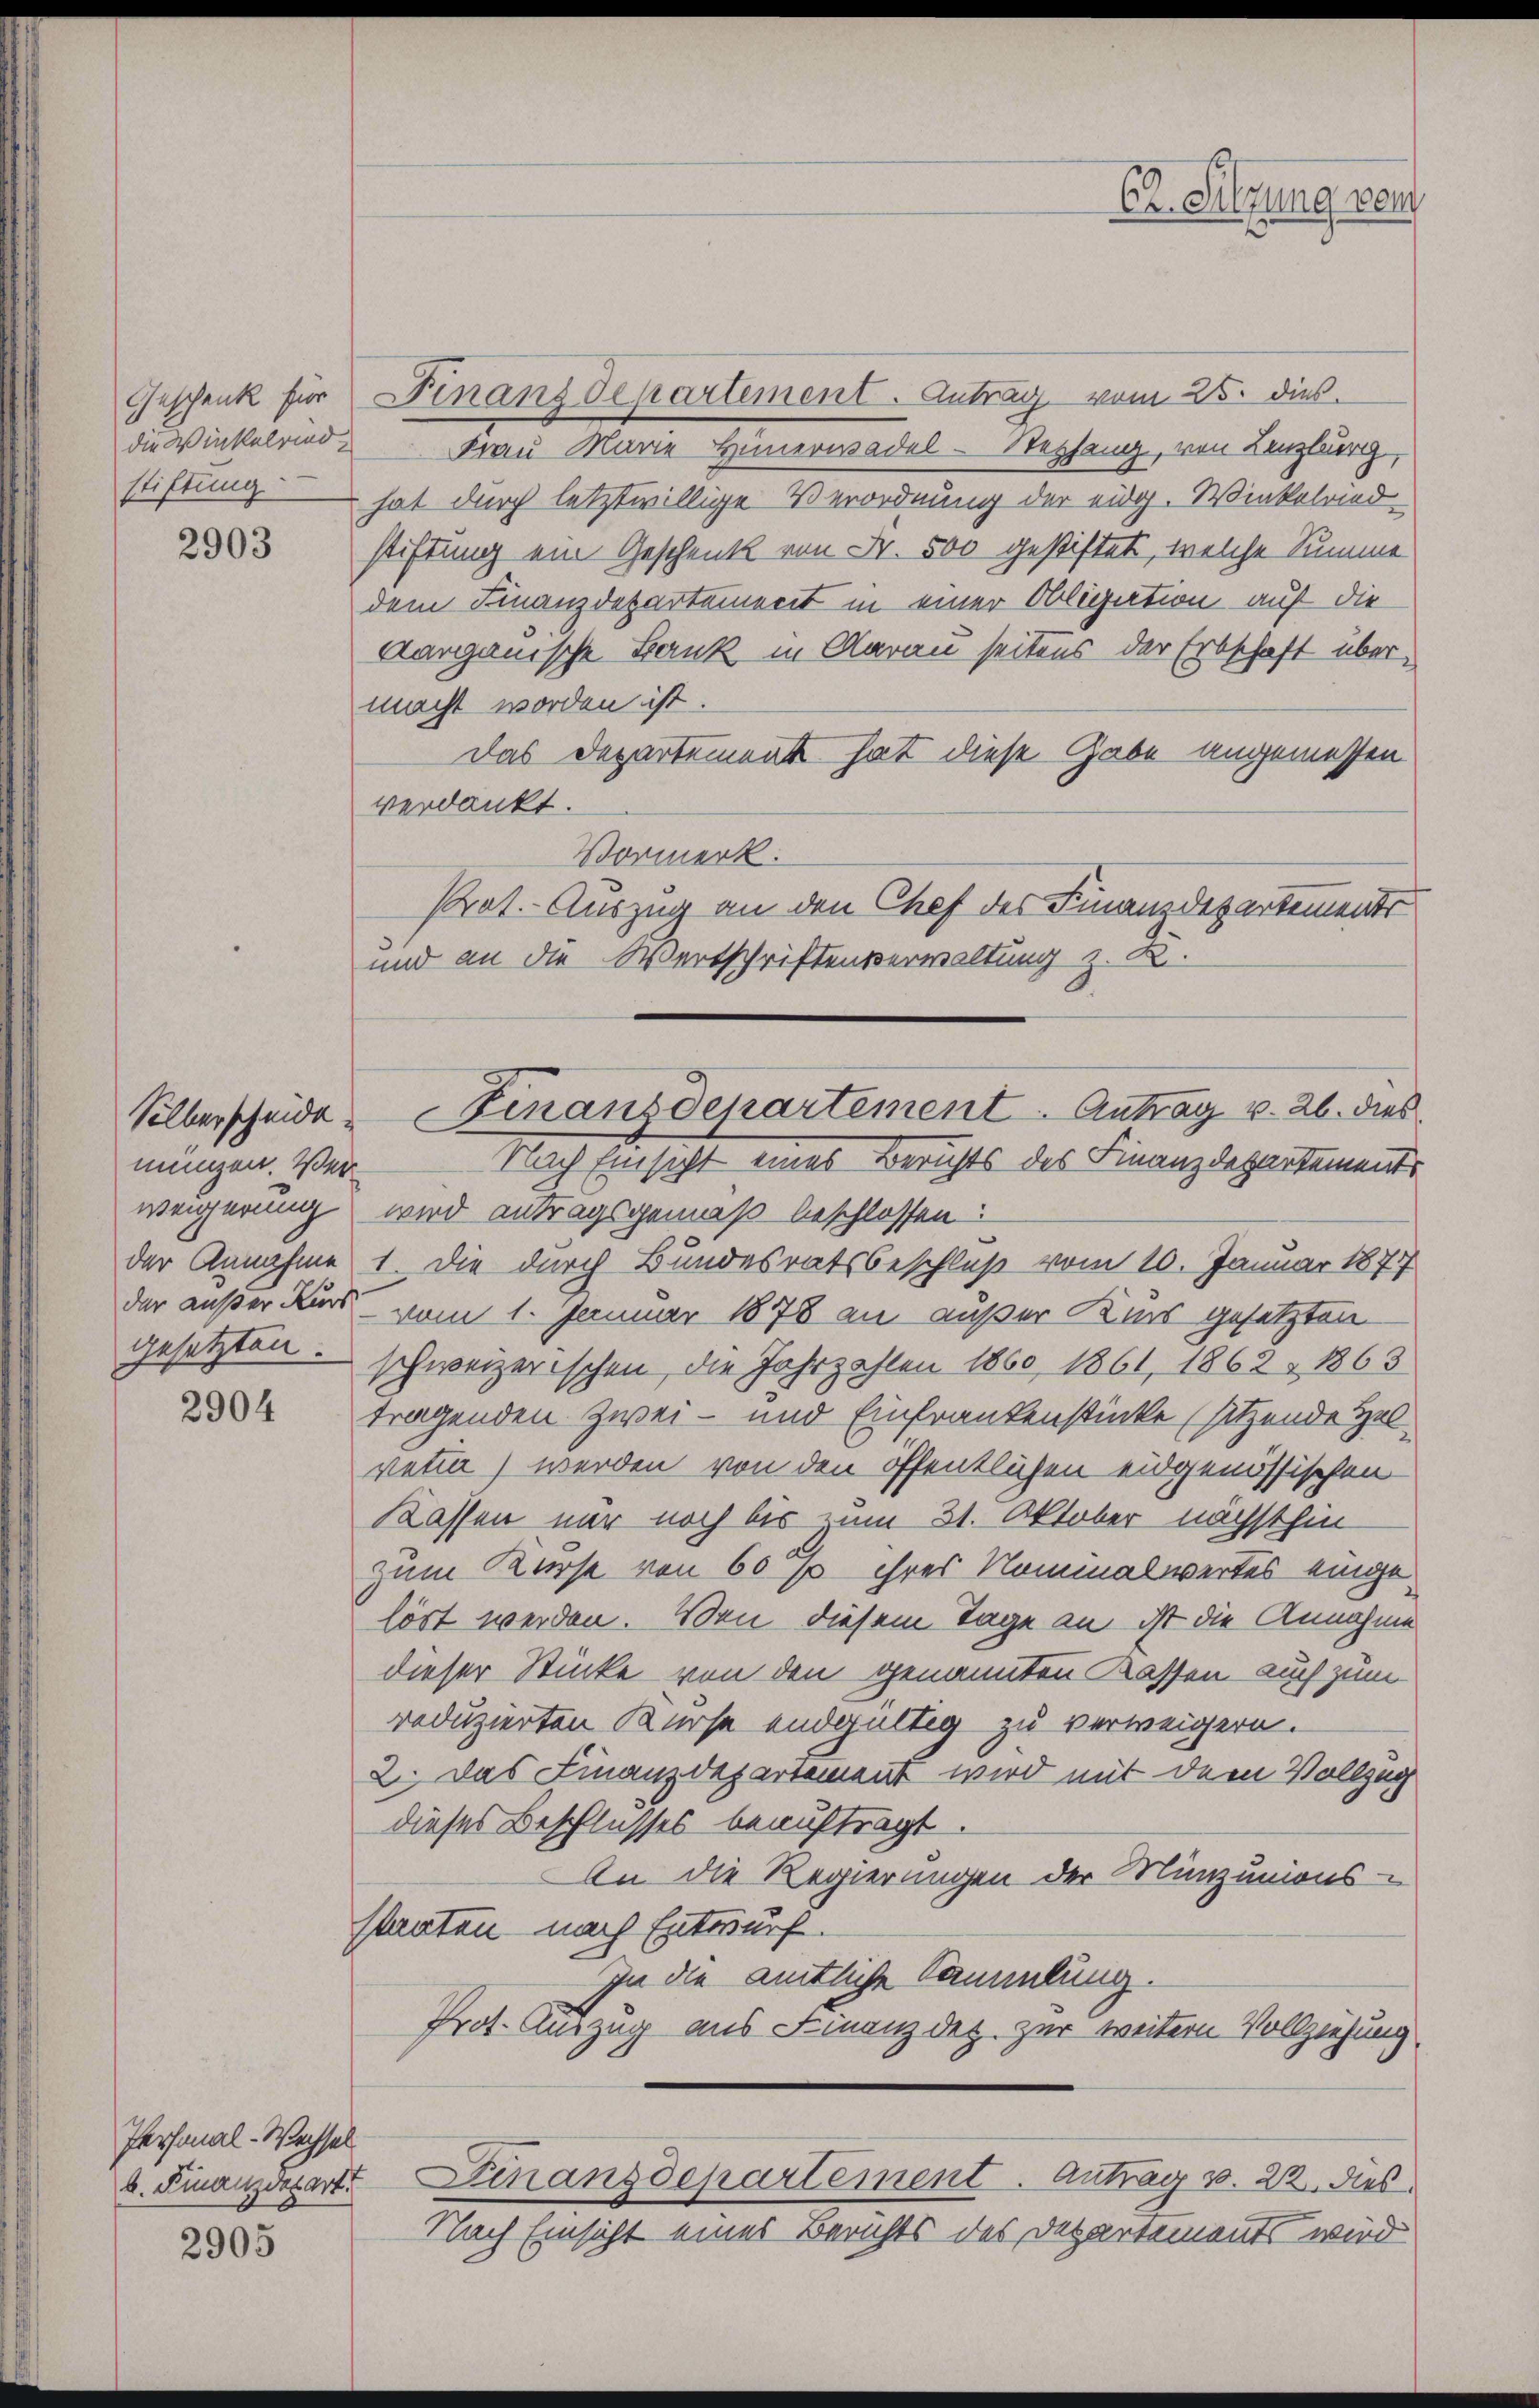
Geschenk für
stiftung

2903

mungen. Ver

2904

Personal-Wechsel
b. Finanzdepart

2905

Finanzdepartement. Antrag vom 25. dies
die Winkelrinde Frau Marie Heinerwadel-Stephang, von Lenzburg,
hat durch letztwillige Verordnung der eidg. Winkelried
stiftung ein Geschenk von Fr. 500 gestiftet, welche Summe
dem Finanzdepartement in einer Obligation auf die
Aargauische Bank in Aarau seitens der Erbschaft übermacht worden ist.
das Departement hat diese Gabe angemessen
verdankt.
Vormerk.
Prot. Auszug an den Chef des Finanzdepartements
und an die Wertschriftenverwaltung z. K.
Nach Einsicht eines Berichts des Finanzdepartements
weigerung wird antragsgemäß beschlossen:
der Annahme 1 die durch Bundesratsbeschluß vom 10. Januar 1877
der außer Kurs vom 1. Januar 1878 an außer Kurs gesetzten
gesetzten - schweizerischen, die Jahrzahlen 1860, 1861, 1862 & 1863
tragenden Zwei- und Einfrankenstücke (sitzende Zelvetia) werden von den öffentlichen eidgenössischen
Kassen nur noch bis zum 31. Oktober nächsthin
zum Kurse von 60% ihres Nominalwertes eingelöst werden. Wenn diesem Tage an ist die Annahme
dieser Stücke von den genannten Kassen auch zum
reduzierten Kurse endgültig zu verweigern.
2. Das Finanzdepartement wird mit dem Vollzug
dieses Beschlusses beauftragt.
AAn die Regierungen der Münzunions-
staaten nach Entwurf.
In die amtliche Sammlung.
Prot. Auszug aus Finanzdez. zur weitern Vollziehung.
Finanzdepartement. Antrag v. 22. dies
Nach Einsicht eines Berichts des Departements wird

Silberscheide Finanzdepartement Antrag v. 26. dies

C. Sitzung von